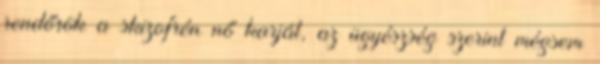
rendőrök a skizofrén nő karját, az ügyészség szerint mégsem